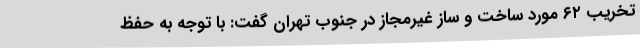
تخریب ۶۲ مورد ساخت و ساز غیرمجاز در جنوب تهران گفت: با توجه به حفظ